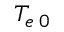
T _ { e \; 0 }